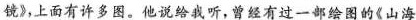
镜》，上面有许多图。他说给我听，曾经有过一部绘图的《山海